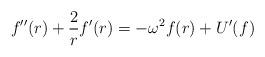
LaTeX: \begin{align*}f^{\prime \prime }(r)+\frac{2}{r}f^{\prime }(r)=-\omega ^{2}f(r)+U^{\prime}(f) \end{align*}